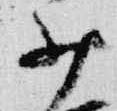
少